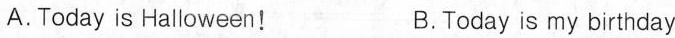
A.Today is Halloween! B.Today is my birthday